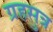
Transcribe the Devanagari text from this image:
ग्रहसुत्र